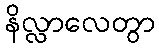
နိလ္လာလေတွာ